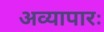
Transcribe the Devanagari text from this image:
अव्यापारः